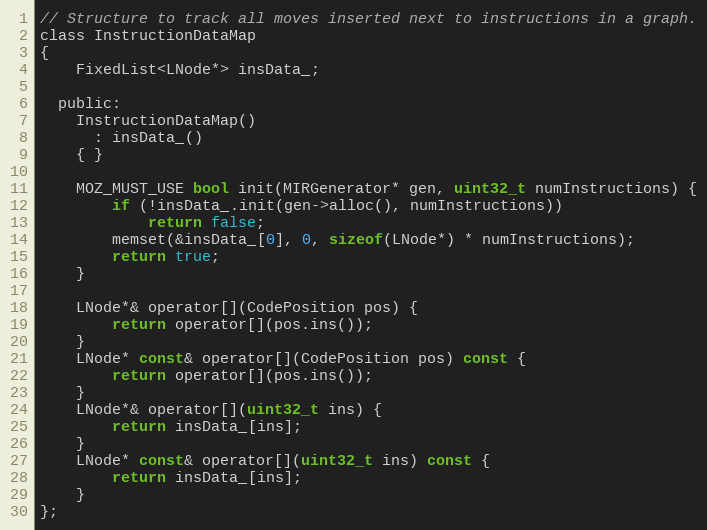
Language: C
// Structure to track all moves inserted next to instructions in a graph.
class InstructionDataMap
{
    FixedList<LNode*> insData_;

  public:
    InstructionDataMap()
      : insData_()
    { }

    MOZ_MUST_USE bool init(MIRGenerator* gen, uint32_t numInstructions) {
        if (!insData_.init(gen->alloc(), numInstructions))
            return false;
        memset(&insData_[0], 0, sizeof(LNode*) * numInstructions);
        return true;
    }

    LNode*& operator[](CodePosition pos) {
        return operator[](pos.ins());
    }
    LNode* const& operator[](CodePosition pos) const {
        return operator[](pos.ins());
    }
    LNode*& operator[](uint32_t ins) {
        return insData_[ins];
    }
    LNode* const& operator[](uint32_t ins) const {
        return insData_[ins];
    }
};